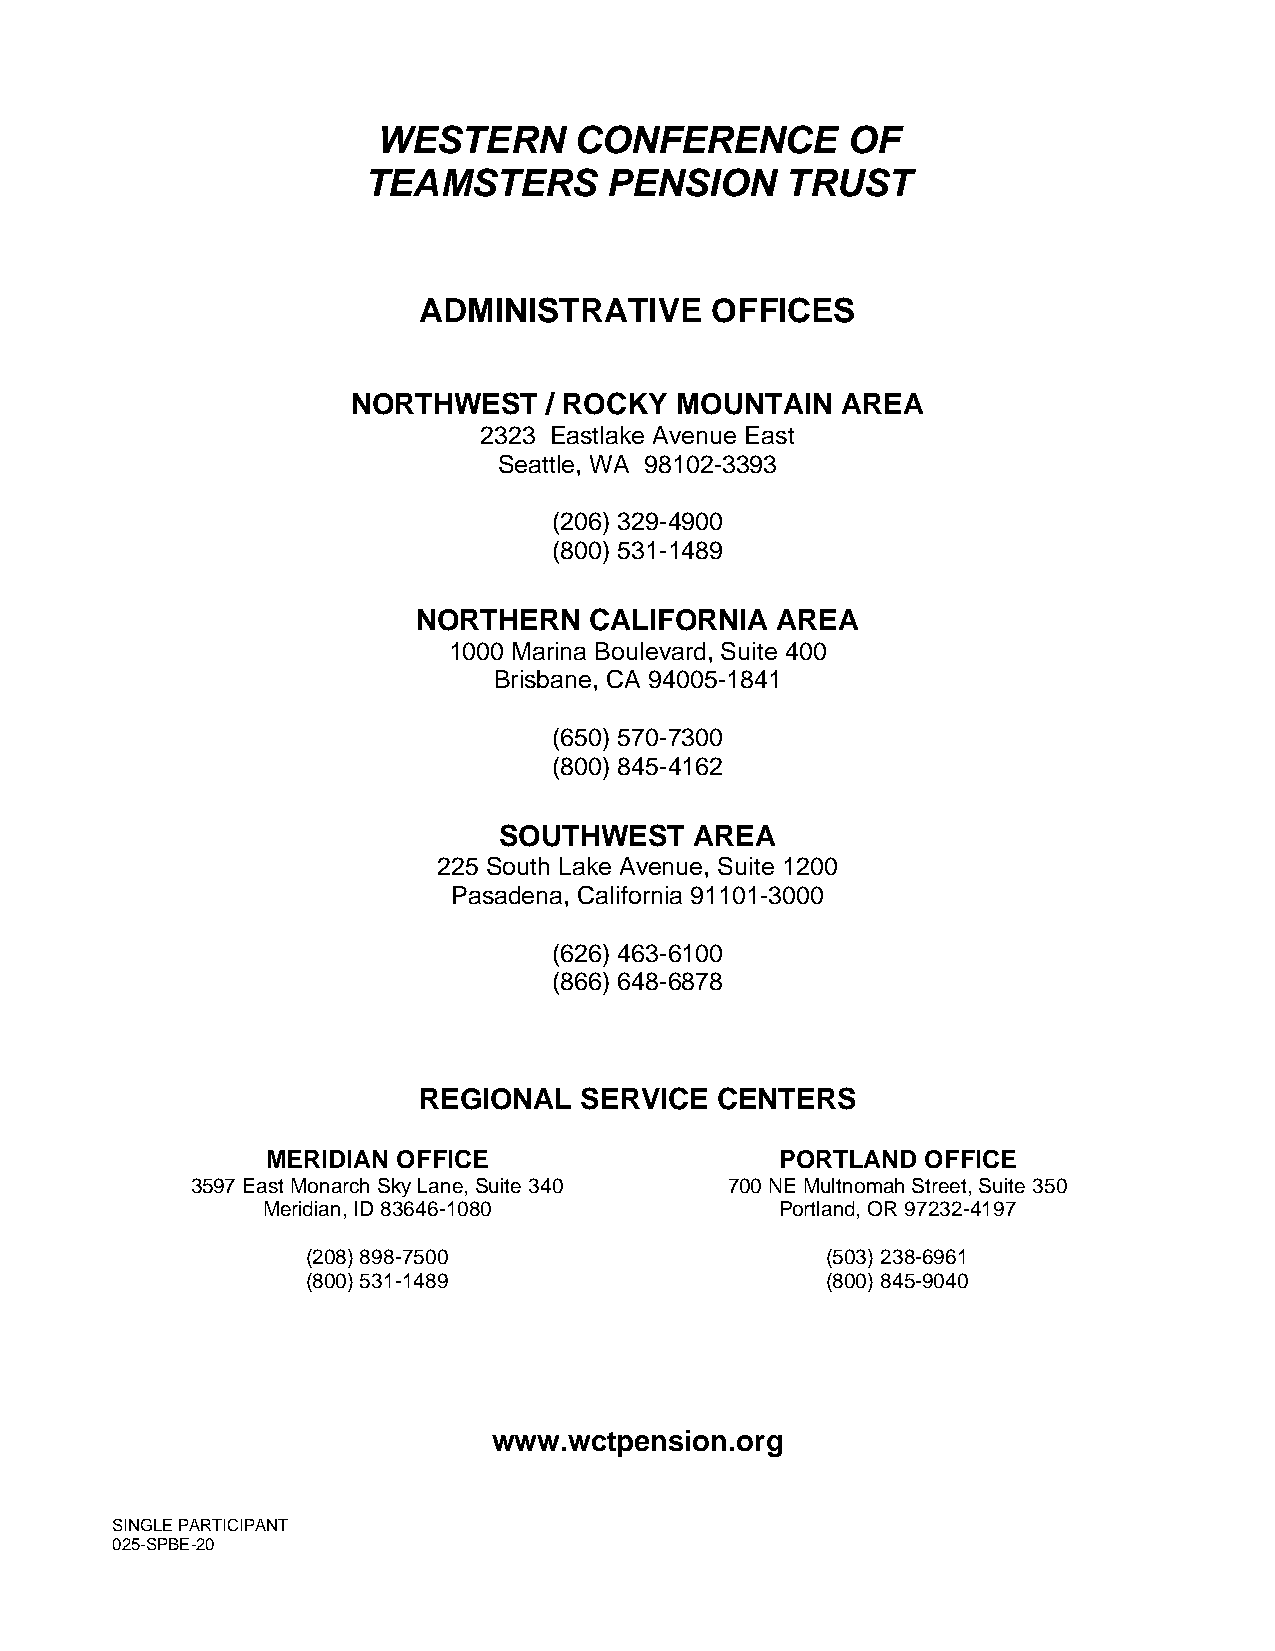
WESTERN      CONFERENCE        OF
 TEAMSTERS       PENSION     TRUST
 ADMINISTRATIVE     OFFICES
 NORTHWEST    / ROCKY  MOUNTAIN   AREA
 2323 Eastlake Avenue East
 Seattle, WA 98102-3393
 (206) 329-4900
 (800) 531-1489
 NORTHERN   CALIFORNIA  AREA
 1000 Marina Boulevard, Suite 400
 Brisbane, CA 94005-1841
 (650) 570-7300
 (800) 845-4162
 SOUTHWEST    AREA
 225 South Lake Avenue, Suite 1200
 Pasadena, California 91101-3000
 (626) 463-6100
 (866) 648-6878
 REGIONAL  SERVICE  CENTERS
 MERIDIAN OFFICE                   PORTLAND OFFICE
 3597 East Monarch Sky Lane, Suite 340 700 NE Multnomah Street, Suite 350
 Meridian, ID 83646-1080            Portland, OR 97232-4197
 (208) 898-7500                     (503) 238-6961
 (800) 531-1489                     (800) 845-9040
 www.wctpension.org
 SINGLE PARTICIPANT
 025-SPBE-20
 23